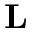
{ \bf L }